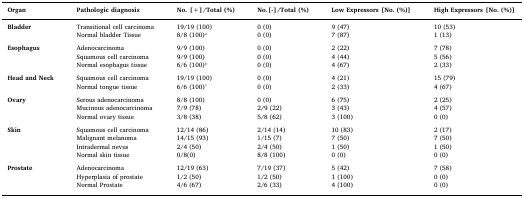
| Organ | Pathologic diagnosis | No. [+]/Total (%) | No.[-]/Total (%) | Low Expressors [No. (%)] | High Expressors [No. (%)] |
 | --- | --- | --- | --- | --- | --- |
 | Bladder | Transitional cell carcinoma | 19/19 (100) | 0 (0) | 9 (47) | 10 (53) |
 |  | Normal bladder Tissue | 8/8 (100)a | 0 (0) | 7 (87) | 1 (13) |
 | <COLSPAN=6>  |
 | Esophagus | Adenocarcinoma | 9/9 (100) | 0 (0) | 2 (22) | 7 (78) |
 |  | Squamous cell carcinoma | 9/9 (100) | 0 (0) | 4 (44) | 5 (56) |
 |  | Normal esophagus tissue | 6/6 (100)b | 0 (0) | 4 (67) | 2 (33) |
 | <COLSPAN=6>  |
 | Head and Neck | Squamous cell carcinoma | 19/19 (100) | 0 (0) | 4 (21) | 15 (79) |
 |  | Normal tongue tissue | 6/6 (100)c | 0 (0) | 2 (33) | 4 (67) |
 | <COLSPAN=6>  |
 | Ovary | Serous adenocarcinoma | 8/8 (100) | 0 (0) | 6 (75) | 2 (25) |
 |  | Mucinous adenocarcinoma | 7/9 (78) | 2/9 (22) | 3 (43) | 4 (57) |
 |  | Normal ovary tissue | 3/8 (38) | 5/8 (62) | 3 (100) | 0 (0) |
 | <COLSPAN=6>  |
 | Skin | Squamous cell carcinoma | 12/14 (86) | 2/14 (14) | 10 (83) | 2 (17) |
 |  | Malignant melanoma | 14/15 (93) | 1/15 (7) | 7 (50) | 7 (50) |
 |  | Intradermal nevus | 2/4 (50) | 2/4 (50) | 1 (50) | 1 (50) |
 |  | Normal skin tissue | 0/8(0) | 8/8 (100) | 0 (0) | 0 (0) |
 | <COLSPAN=6>  |
 | Prostate | Adenocarcinoma | 12/19 (63) | 7/19 (37) | 5 (42) | 7 (58) |
 |  | Hyperplasia of prostate | 1/2 (50) | 1/2 (50) | 1 (100) | 0 (0) |
 |  | Normal Prostate | 4/6 (67) | 2/6 (33) | 4 (100) | 0 (0) |